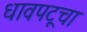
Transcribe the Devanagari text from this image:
धावपटूचा